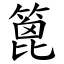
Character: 篦